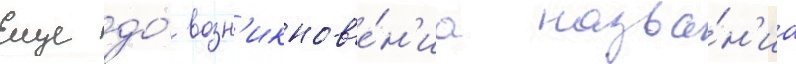
Еще до́ возн'икнов'е́н'иа назва́н'иа